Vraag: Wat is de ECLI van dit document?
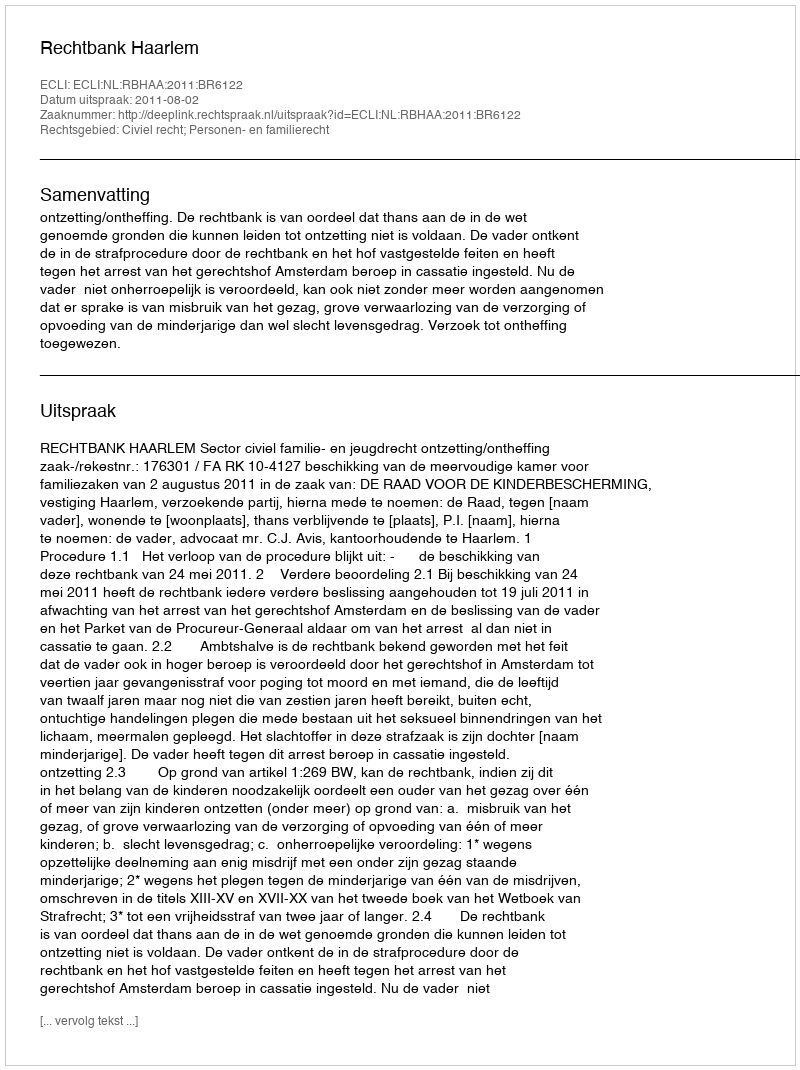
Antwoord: ECLI:NL:RBHAA:2011:BR6122